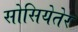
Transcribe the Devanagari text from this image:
सोसियेतेर